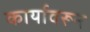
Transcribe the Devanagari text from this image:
कार्यावरून